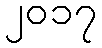
၂၀၁၇